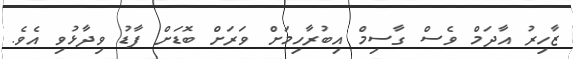
ޒާހިރު އާދަމް ވެސް ގާސިމް އިބުރާހިމަށް ވަރަށް ބޮޑަށް ފާޑު ވިދާޅުވި އެވެ.